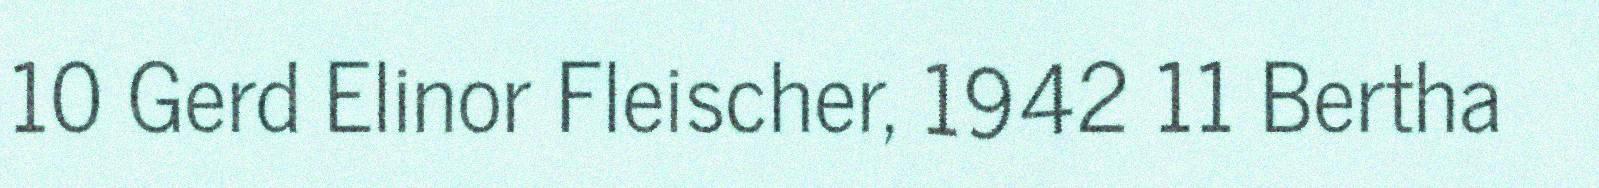
10 Gerd Elinor Fleischer, 1942 11 Bertha